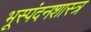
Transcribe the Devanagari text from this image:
भूस्पंदनशास्त्र